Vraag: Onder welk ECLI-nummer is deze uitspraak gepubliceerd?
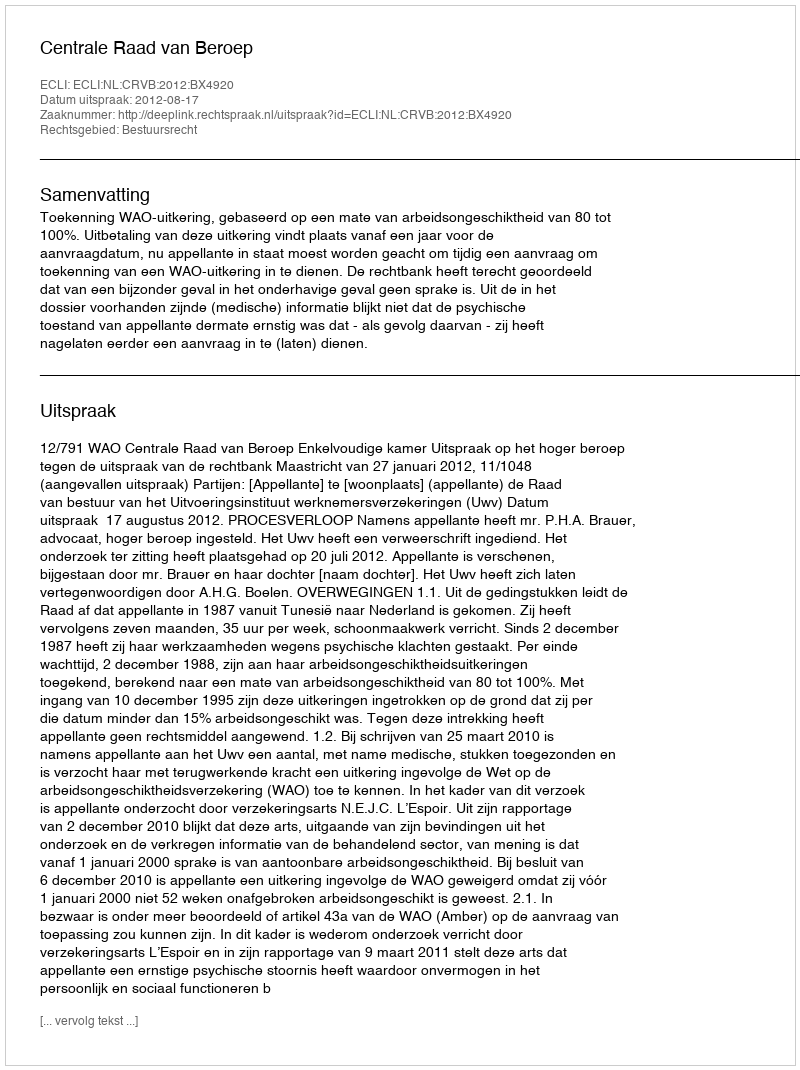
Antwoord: ECLI:NL:CRVB:2012:BX4920